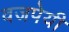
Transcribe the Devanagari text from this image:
वजपेयी